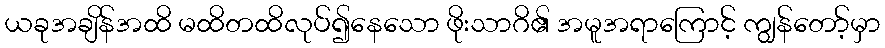
ယခုအချိန်အထိ မထိတထိလုပ်၍နေသော ဖိုးသာဂိ၏ အမူအရာကြောင့် ကျွန်တော့်မှာ